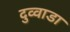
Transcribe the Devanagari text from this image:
दुव्वाडा